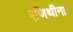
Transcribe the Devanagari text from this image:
एजिथीना